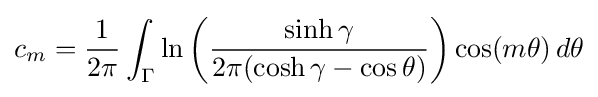
c_{m}={\frac {1}{2\pi }}\int _{\Gamma }\ln \left({\frac {\sinh \gamma }{2\pi (\cosh \gamma -\cos \theta )}}\right)\cos(m\theta )\,d\theta